Vital statistics of India. Vol. V, Reports of 1876 on armies & jails and on epidemic cholera
Year: 1876
Disease focus: Cholera
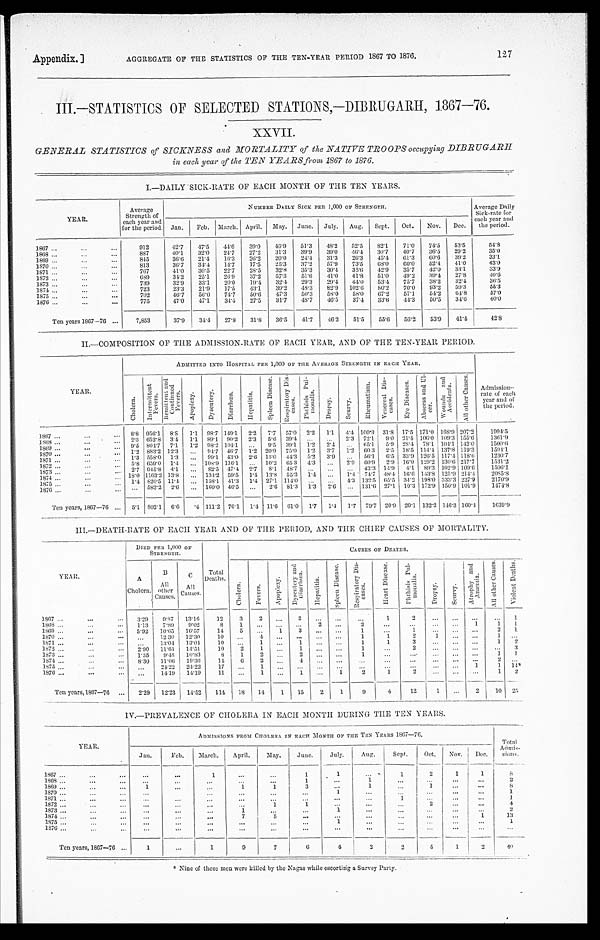
Appendix.]
AGGREGATE OF THE STATISTICS OF THE TEN-YEAR PERIOD 1867 TO 1876.
III.—STATISTICS OF SELECTED STATIONS,—DIBRUGARH, 1867—76.
XXVII.
GENERAL STATISTICS of SICKNESS and MORTALITY of the NATIVE TROOPS occupying DIBRUGARH
in each year of the TEN YEARS from 1867 to 1876.
I.—DAILY SICK-RATE OF EACH MONTH OF THE TEN YEARS.
YEAR.
Average
Strength of
each year and
for the period.
NUMBER DAILY SICK PER 1,000 OF STRENGTH.
Average Daily
Sick-rate for
each year and
the period.
Jan.
Feb.
March. April.
May.
June.
July.
Aug.
Sept.
Oct.
Nov.
Dec.
1867 . . .
9 1 2
42.7
47.5
44.6
39.0
46.9
51.3
48.2
52.5
82.1
71.0
74.5
53.5
5 4 . 8
1868 . . .
887
40.1
32.0
24.7
27.2
31.3
39.9
39.0
46.4
30.7
40.7
36.5
29.2
35.0
1869 . . .
845
36.6
21.4
16.3
26.2
20.0
24.4
31.3
26.3
45.4
61.3
60.6
39.2
33.1
1870 . . .
813
36.7
3 4 . 4
14.7
17.5
25.3
37.2
57.9
73.5
68.0
60.0
52.4
41.0
43.0
1871 . . .
767
41.0
30.5
22.7
28.5
32.8
35.3
30.4
35.6
42.9
35.7
42.0
33.1
3 3 . 9
1872 . . .
689
34.2
25.1
26.9
37.2
57.3
51.6
41.0
41.8
51.0
49.2
39.4
27.8
4 0 . 6
1873 . . .
739
32.9
33.1
20.0
19.4
32.4
29.3
29.4
44.0
53.4
75.7
38.2
32.4
3 6 . 5
1874 . . .
723
23.3
21.9
17.5
43.1
39.2
48.3
82.9
102.6
80.2
70.0
93.2
59.3
55.3
1875 . . .
702
46.7
5 6 . 0
74.7
50.6
47.3
50.3
58.0
58.0
67.2
57.1
54.2
64.8
57.0
1876 . . .
775
47.0
47.1
3 4 . 4
27.5
31.7
48.7
46.5
37.4
33.6
44.3
50.5
34.6
40.0
Ten years 1867—76 . . .
7,853
37.9
34.4
27.8
31.8
36.5
41.7
46.2
51.5
55.6
56.2
53.9
41.4
4 2 . 8
II.—COMPOSITION OF THE ADMISSION-RATE OF EACH YEAR, AND OF THE TEN-YEAR PERIOD.
YEAR.
ADMITTED INTO HOSPITAL PER 1,000 OF THE AVERAGE STRENGTH IN EACH YEAR.
Admission-
rate of each
year and of
the period.
C h o l e r a .
I n t e r m i t t e n t F e v e r s .
R e m i t t e n t a n d C o n t i n u e d F e v e r s .
A p o p l e x y .
D y s e n t e r y
.
Di arrhœa.
H o p a t i t i s .
S p l e e n D i s e a s e .
R e s p i r a t o r y D i s - c a s e s .
P h t h i s i s p u l - m o n a l i s .
D r o p s y .
S c u r v y .
R h c u m a t i s m .
V e n e r e a l D i s - c a s e s .
E y e D i s e a s e s .
A b s c e s s a n d U l - c e r .
Wo u n d s a n d Ac c i d e n t s .
A l l o t h e r C a u s e s .
1867 . . .
8.8 956.1
8.8
1.1
98.7 149.1
2.2
7.7
57.0
2.2
1.1
4.4 100.9 31.8
17.5 171.0 168.9 207.2
1994.5
2.3 652.8
3.4
1.1
89.1
90.2
2.3
5.6
39.4
. . .
. . .
2.3
72.1
9.0
21.4. 106.0 109.3 155.6
1361.9
1868 . . .
9.5 804.7
7.1
1.2
98.2 104.1
. . .
9.5
39.1
1.2
2.4
. . .
65.1
5.9
28.4
78.1 104.1 142.0
1500.6
1869 . . .
1.2 883.2 12.3
. . . 94.7
46.7
1.2
20.9
75.0
1.2
3.7
1.2
603
2.5
18.5 114.4 137.8 119.3
1594.1
1870 . . .
1.3 558.0
1.3
. . . 99.1 43.0
2.6
13.0
44.3
5.2
3.9
. . .
56.1
6.5
33.9 126.5 117.4 118.6
1230.7
1871 . . .
5.8 659.0
1.4
. . . 108.9 116.1
. . .
10.2 65.3
4.3
. . .
2.9
6 0 . 9 2.9
1 6 . 0 129.2 130.6 217.7
1531.2
1872 . . .
2.7 945.8 4.1
. . .
8 2 . 5 47.4
2.7
8.1
48.7
. . .
. . .
. . . 43.3 14.9
4.1
89.3 102.9 109.6
1506.1.
1873 . . .
18.0 1163.2 13.8
. . . 134.2 59.5
1.4 13.8
55.3
1.4
. . .
1.4
74.7 48.4
16.6 143.8 125.9 214.4
2085.8
1874 . . .
1.4 820.5 11.4
. . . 158.1
41.3
1.4
27.1 114.0
. . .
. . .
4.3 132.5 65.5
34.2 198.0 333.3 227.9
2170.9
1875 . . .
. . . 583.2
2.6
. . . 160.0 46.5
. . .
2 . 6
81.3
1 . 3 2.6
. . . 131.6 27.1
10.3 172.9 150.9 101.9
1474.8
187 6 . . .
Ten years, 1867—76 . . .
5.1 802.1
6.6
.4 111.2 76.1
1.4
11.6
61.0
1.7
1.4
1.7
79.7
20.9
20.1 132.2 146.3 160.4
1639.9
III.—DEATH-RATE OF EACH YEAR AND OF THE PERIOD, AND THE CHIEF CAUSES OF MORTALITY.
YEAR.
DIED PER 1,000 OF
STRENGTH.
Total
Deaths.
CAUSES OF DEATHS.
A
Cholera.
B
All o t h e r
Causes.
C
All
Causes.
C h o l e r a .
F e v e r s .
A p o p l e x y .
D y s e n t e r y a n d D i a r r h œ a .
H e p a t i t i s .
S p l e e m D i s e a s e s .
R e s p i r a t o r y D i s e a s e s
.
H e a r t D i s e a s e s .
P h t h i s i s P u l m o n a l i s .
D r o p s y .
S c u r v y . A t r o p h y a n d A n æ m i a .
A l l o t h e r D i s e a s e s.
V i o l e n t D e a t h s .
1867 . . .
3.29
9.87
13.16
1 2
3
2
. . .
3
. . .
. . .
. . .
1
2
. . .
. . .
. . .
. . .
1
1868 . . .
1.13
7.89
9.02
8
1
. . .
. . .
. . .
2
. . .
2
. . .
. . .
. . .
. . .
1
1
1
1869. . .
5.92
10.65
16.57
14
5
. . .
1
3
. . .
. . .
1
. . .
1
. . .
. . .
. . .
2
1
1870 . . .
. . .
12 .30
12.30
10
. . .
4
. . .
. . .
. . .
. . .
1
1
2
1
. . .
. . .
1
. . .
1871 . . .
. . .
13.04
1304
10
. . .
1
. . .
1
. . .
. . .
1
1
3
. . .
. . .
. . .
1
2
1872 . . .
2.90
11.61
14.51
10
2
1
. . .
1
. . .
. . .
1
. . .
2
. . .
. . .
. . .
. . .
3
1873 . . .
1.35
9.48
10.83
8
1
2
. . .
2
. . .
. . .
1
. . .
. . .
. . .
. . .
. . .
1
1
1874 . . .
8.30
11.06
19.36
14
6
2
. . .
4
. . .
. . .
. . .
. . .
. . .
. . .
. . .
. . .
2
. . .
1875 . . .
. . .
24.22
24.22
17
. . .
1
. . .
. . .
. . .
. . .
. . .
. . .
. . .
. . .
. . .
1
1
14*
1876 . . .
. . .
14.19
14.19
11
. . .
1
. . .
1
. . .
1
2
1
2
. . .
. . .
. . .
1
2
Ten years,1867—76 . . .
2.29
12.23
14.52
114
18
14
1
15
2
1
9
4
12
1
. . .
2
10
25
IV.—PREVALENCE OF CHOLERA IN EACH MONTH DURING THE TEN YEARS.
YEAR.
ADMISSIONS FROM CHOLERA IN EACH MONTH OF THE TEN YEARS 1867—76.
Total A d m i s -
sions.
J an.
Feb.
March.
April.
May.
June.
July.
Aug.
Sept.
Oct.
Nov.
Dec.
1867. . .
. . .
. . .
1
. . .
. . .
1
1
. . .
1
2
1
1
8
1868 . . .
. . .
. . .
. . .
. . .
. . .
1
. . .
1
. . .
. . .
. . .
. . .
2
1869 . . .
1
. . .
. . .
1
1
3
. . .
1
. . .
1
. . .
. . .
8
1870 . . .
. . .
. . .
. . .
. . .
. . .
. . .
1
. . .
. . .
. . .
. . .
. . .
1
1871 . . .
. . .
. . .
. . .
. . .
. . .
. . .
. . .
. . .
1
. . .
. . .
. . .
1
1872 . . .
. . .
. . .
. . .
. . .
1
1
. . .
. . .
. . .
2
. . .
. . .
4
1873 . . .
. . .
. . .
. . .
1
. . .
. . .
1
. . .
. . .
. . .
. . .
. . .
2
1874 . . .
. . .
. . .
. . .
7
5
. . .
. . .
. . .
. . .
. . .
. . .
1
13
1875 . . .
. . .
. . .
. . .
. . .
. . .
. . .
1
. . .
. . .
. . .
. . .
. . .
1
1876 . . .
. . .
. . .
. . .
. . .
. . .
. . .
. . .
. . .
. . .
. . .
. . .
. . .
. . .
Ten years, 1867—76 . . .
1
. . .
1
9
7
6
4
2
2
5
1
2
40
* Nine of these men were killed by the Nagas while escorting a Survey Party.